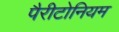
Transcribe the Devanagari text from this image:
पैरीटोनियम